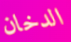
الدخان